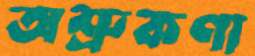
অশ্রুকণা